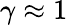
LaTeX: \gamma\approx 1